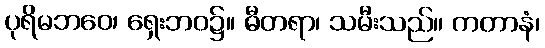
ပုရိမဘဝေ၊ ရှေးဘဝ၌။ ဓီတရာ၊ သမီးသည်။ ကတာနံ၊